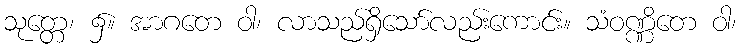
သုတ္တေ၊ ၌။ အာဂတေ ဝါ၊ လာသည်ရှိသော်လည်းကောင်း။ သံဝဏ္ဏိတေ ဝါ၊